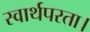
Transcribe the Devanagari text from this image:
स्वार्थपरता।